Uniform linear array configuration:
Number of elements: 24
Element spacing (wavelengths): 0.75
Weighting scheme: hann
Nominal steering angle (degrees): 0
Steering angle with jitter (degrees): -1.227
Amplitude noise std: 0.05
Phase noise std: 0.05

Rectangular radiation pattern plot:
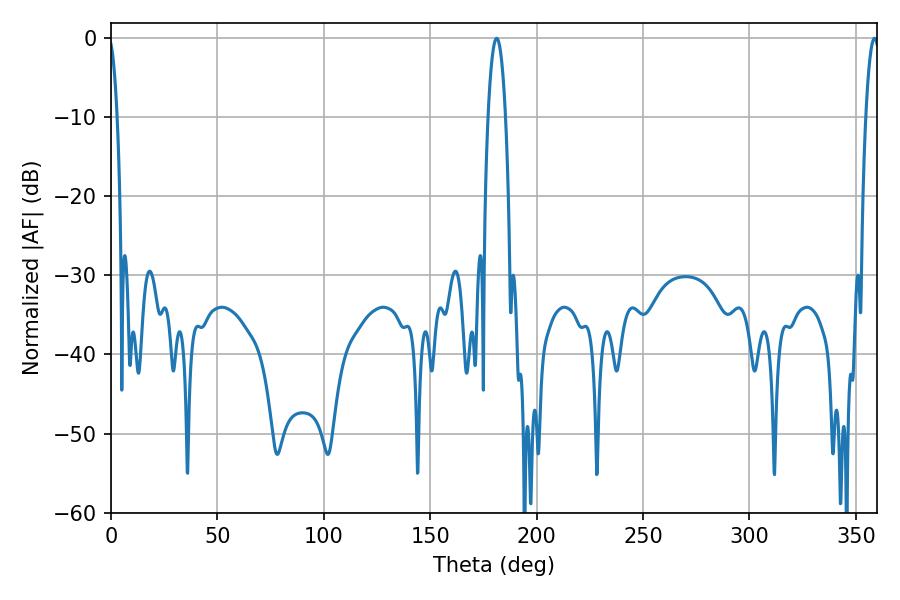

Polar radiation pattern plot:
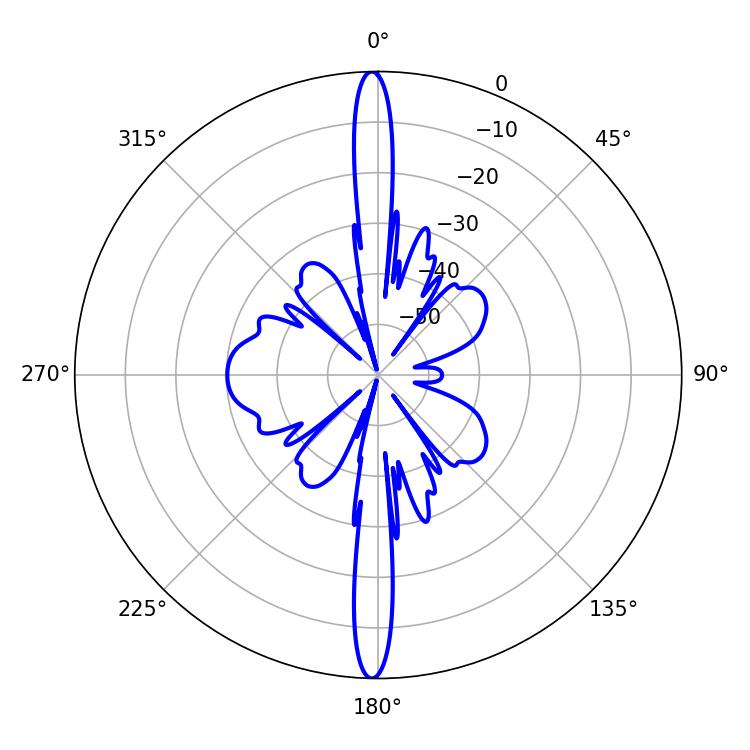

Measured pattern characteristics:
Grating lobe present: TRUE
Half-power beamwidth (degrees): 3.42
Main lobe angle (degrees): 358.74